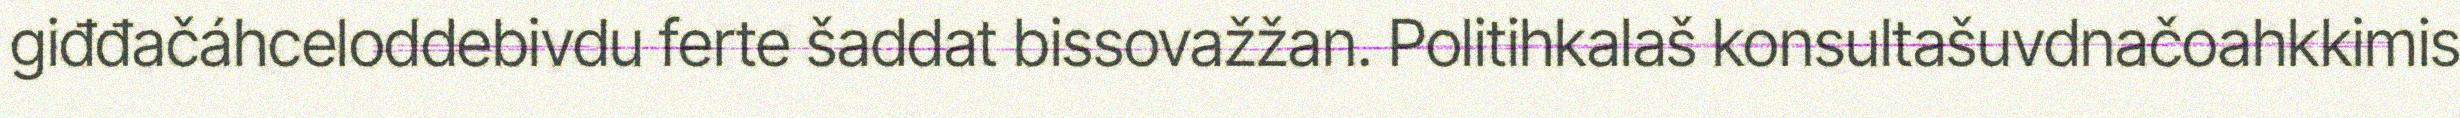
giđđačáhceloddebivdu ferte šaddat bissovažžan. Politihkalaš konsultašuvdnačoahkkimis